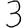
Digit: 3